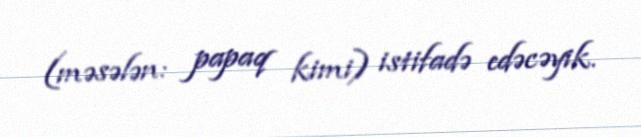
(məsələn: papaq kimi) istifadə edəcəyik.